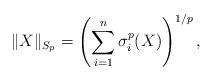
LaTeX: \begin{align*}\|X\|_{S_{p}} = \left(\sum_{i=1}^{n} \sigma^{p}_{i}(X)\right)^{1/p},\end{align*}